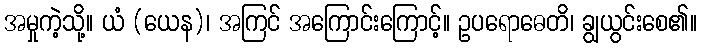
အမှုကဲ့သို့။ ယံ (ယေန)၊ အကြင် အကြောင်းကြောင့်။ ဥပရောဓေတိ၊ ချွယွင်းစေ၏။